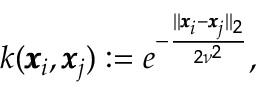
k ( \pmb { x } _ { i } , \pmb { x } _ { j } ) : = e ^ { - \frac { \| \pmb { x } _ { i } - \pmb { x } _ { j } \| _ { 2 } } { 2 \nu ^ { 2 } } } ,